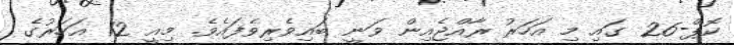
ކޮޕް-26 ގައި މި އަހަރު ރާއްޖެއިން ވަނީ ބައިވެރިވެފައެވެ. މިއީ 12 އަހަރުގެ